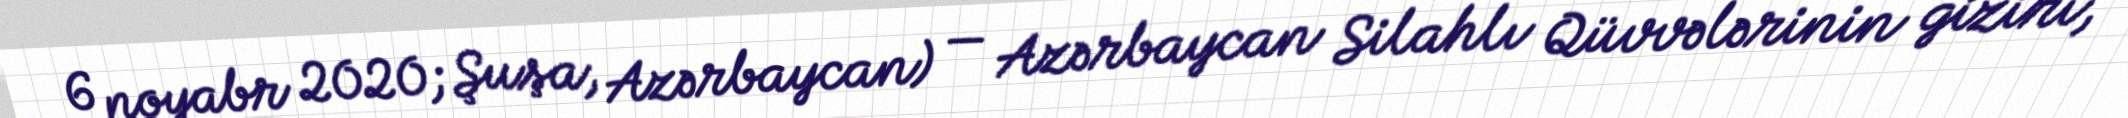
6 noyabr 2020; Şuşa, Azərbaycan) — Azərbaycan Silahlı Qüvvələrinin giziri,